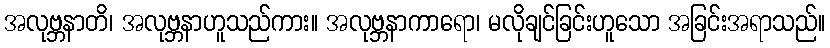
အလုဗ္ဘနာတိ၊ အလုဗ္ဘနာဟူသည်ကား။ အလုဗ္ဘနာကာရော၊ မလိုချင်ခြင်းဟူသော အခြင်းအရာသည်။